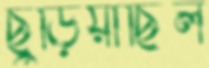
ছুঁড়িয়াছিল